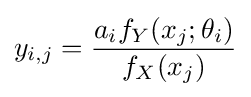
y_{i,j}={\frac {a_{i}f_{Y}(x_{j};\theta _{i})}{f_{X}(x_{j})}}